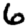
Digit: 6